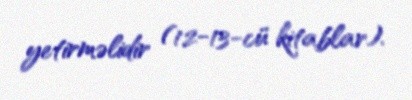
yetirməlidir (12-13-cü kitablar).